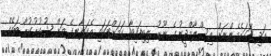
އަދި އަހަރެމެންނަށް އިސްލާމްދީނުގެ ނޫރު ލިބިފައިވާ ކަމަށްޓަކައި އެކަލާނގެ އަށް ޝުކުރުކުރާ ބައެއް